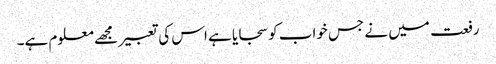
رفعت میں نے جس خواب کو سجایا ہے اس کی تعبیر مجھے معلوم ہے۔